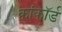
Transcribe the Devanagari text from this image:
कांकॉर्ड